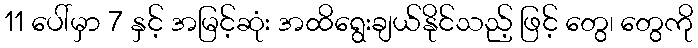
11 ပေါ်မှာ 7 နှင့် အမြင့်ဆုံး အထိရွေးချယ်နိုင်သည့် ဖြင့် တွေ၊ တွေကို